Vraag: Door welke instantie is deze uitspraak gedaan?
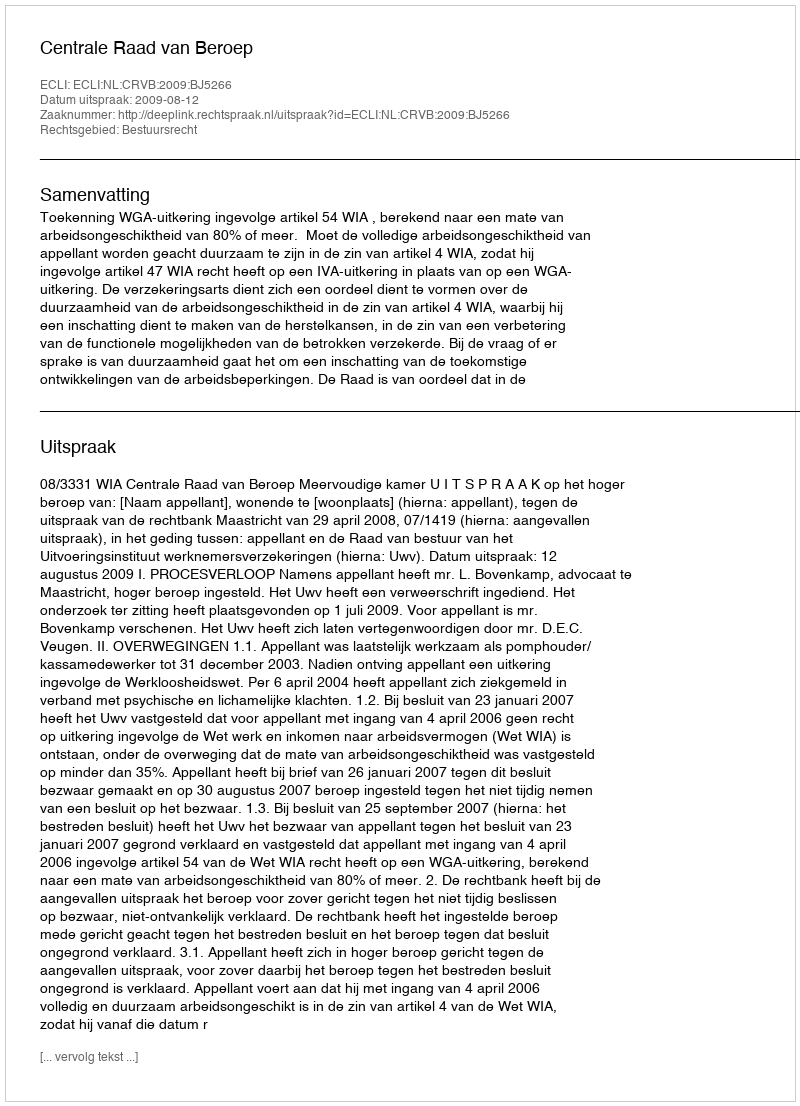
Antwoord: Centrale Raad van Beroep